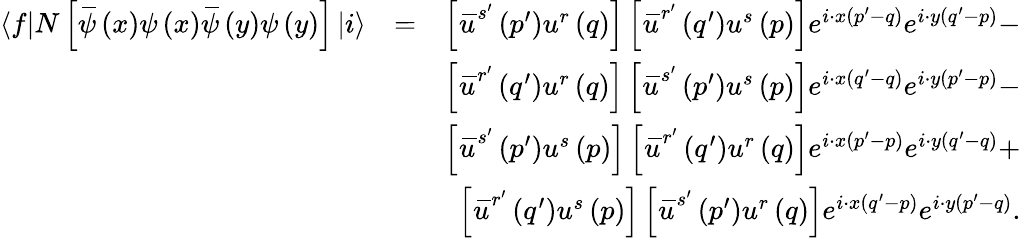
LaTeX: \begin{array}{rlr}{\left\langle f\right\vert N\left[\, \overline{{\! {\psi}}}\left(x\right)\psi\left(x\right)\, \overline{{\! {\psi}}}\left(y\right)\psi\left(y\right)\right]\left\vert i\right\rangle}&{=}&{\left[\, \overline{{\! {u}}}^{s^{\prime}}\left(p^{\prime}\right)u^{r}\left(q\right)\right]\left[\, \overline{{\! {u}}}^{r^{\prime}}\left(q^{\prime}\right)u^{s}\left(p\right)\right]e^{i\cdot x\left(p^{\prime}-q\right)}e^{i\cdot y\left(q^{\prime}-p\right)}-}\\ &{}&{\left[\, \overline{{\! {u}}}^{r^{\prime}}\left(q^{\prime}\right)u^{r}\left(q\right)\right]\left[\, \overline{{\! {u}}}^{s^{\prime}}\left(p^{\prime}\right)u^{s}\left(p\right)\right]e^{i\cdot x\left(q^{\prime}-q\right)}e^{i\cdot y\left(p^{\prime}-p\right)}-}\\ &{}&{\left[\, \overline{{\! {u}}}^{s^{\prime}}\left(p^{\prime}\right)u^{s}\left(p\right)\right]\left[\, \overline{{\! {u}}}^{r^{\prime}}\left(q^{\prime}\right)u^{r}\left(q\right)\right]e^{i\cdot x\left(p^{\prime}-p\right)}e^{i\cdot y\left(q^{\prime}-q\right)}+}\\ &{}&{\left[\, \overline{{\! {u}}}^{r^{\prime}}\left(q^{\prime}\right)u^{s}\left(p\right)\right]\left[\, \overline{{\! {u}}}^{s^{\prime}}\left(p^{\prime}\right)u^{r}\left(q\right)\right]e^{i\cdot x\left(q^{\prime}-p\right)}e^{i\cdot y\left(p^{\prime}-q\right)}.}\end{array}